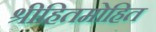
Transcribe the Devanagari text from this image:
श्रीहितमोहित